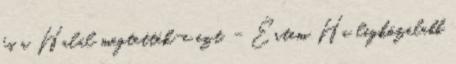
és a Halál megtették-e ezt. - Értem Ha legközelebb